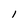
Character: 1